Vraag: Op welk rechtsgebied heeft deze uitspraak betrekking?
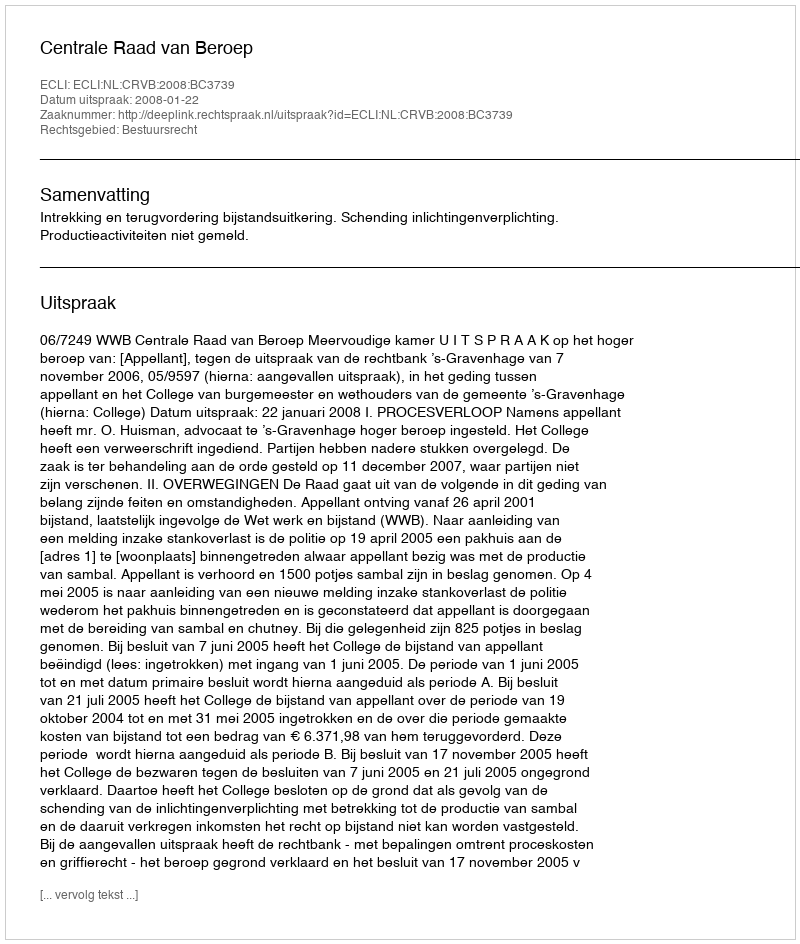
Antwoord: Bestuursrecht